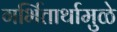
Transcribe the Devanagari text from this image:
गर्भितार्थामुळे